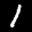
Label: 1